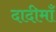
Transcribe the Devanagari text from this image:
दादीमाँ